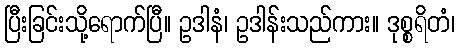
ပြီးခြင်းသို့ရောက်ပြီ။ ဥဒါနံ၊ ဥဒါန်းသည်ကား။ ဒုစ္စရိတံ၊